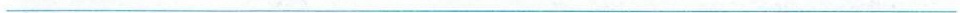
___